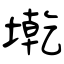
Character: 墘